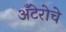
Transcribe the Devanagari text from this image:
अँटेरोचे